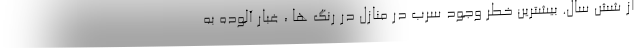
از شش سال. بیشترین خطر وجود سرب در منازل در رنگ ها ، غبار آلوده به